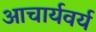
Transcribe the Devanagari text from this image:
आचार्यवर्य